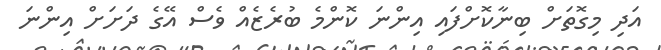
އަދި މިގޮތަށް ބިނާކޮށްފައި އިންނަ ކޮންމެ ބުރެޒެއް ވެސް އޭގެ ދަށަށް އިންނަ